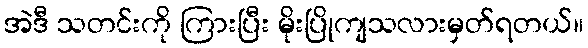
အဲဒီ သတင်းကို ကြားပြီး မိုးပြိုကျသလားမှတ်ရတယ်။